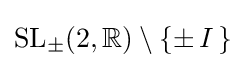
\mathrm {SL} _{\pm }(2,\mathbb {R} )\setminus \{\pm \,I\,\}